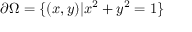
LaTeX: \partial \Omega = \{ ( x , y ) | x ^ { 2 } + y ^ { 2 } = 1 \}